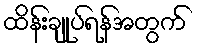
ထိန်းချုပ်ရန်အတွက်